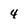
Character: 4